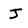
Character: J